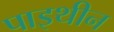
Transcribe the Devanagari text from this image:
पाइथीन